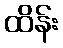
ထိန်း